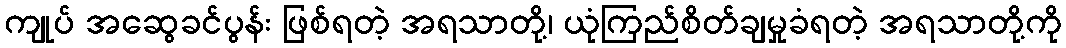
ကျုပ် အဆွေခင်ပွန်း ဖြစ်ရတဲ့ အရသာတို့၊ ယုံကြည်စိတ်ချမှုခံရတဲ့ အရသာတို့ကို